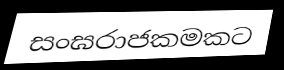
සංඝරාජකමකට